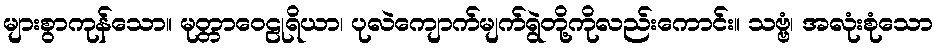
များစွာကုန်သော။ မုတ္တာဝေဠုရိယာ၊ ပုလဲကျောက်မျက်ရွဲတို့ကိုလည်းကောင်း။ သဗ္ဗံ၊ အလုံးစုံသော